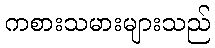
ကစားသမားများသည်